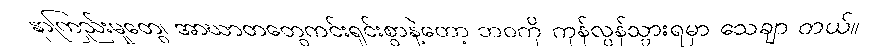
နာကြည်းမှုတွေ၊ အာဃာတတွေကင်းရှင်းစွာနဲ့တော့ ဘဝကို ကုန်လွန်သွားရမှာ သေချာ တယ်။